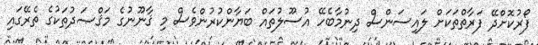
ފޯރުކޮށްދޭ ފަރާތްތަކަށް ލައިސަންސް ދިނުމާބެހޭ އުސޫލުތައް ބަޔާންކުރުންވެސް މި ޤާނޫނުގެ މަޤްޞަދުތަކުގެ ތެރޭގައި